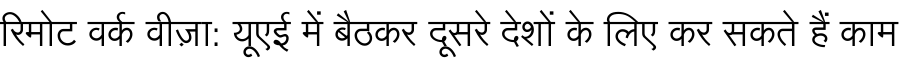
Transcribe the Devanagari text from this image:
रिमोट वर्क वीज़ा: यूएई में बैठकर दूसरे देशों के लिए कर सकते हैं काम